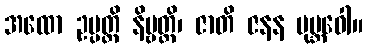
အထော ဥပ္ပတ္တိ နိဗ္ဗတ္တိ၊ ဇာတိ ဇနန မုဗ္ဘဝေါ။